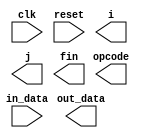
module MO(clk, reset, in_data, i, j, opcode, out_data, fin);
input clk, reset;
input [9:0] in_data;
output fin;
output [2:0] opcode;
output [9:0] i, j;
output [19:0] out_data;

//(your code)...

endmodule